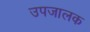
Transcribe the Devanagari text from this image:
उपजालक